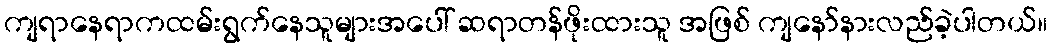
ကျရာနေရာကထမ်းရွက်နေသူများအပေါ် ဆရာတန်ဖိုးထားသူ အဖြစ် ကျနော်နားလည်ခဲ့ပါတယ်။